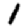
Digit: 1